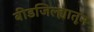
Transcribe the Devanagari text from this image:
बीडजिल्ह्यातून